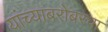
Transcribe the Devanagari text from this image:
यांच्याबरोबरचा